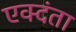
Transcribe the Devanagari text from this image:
एक्दंता